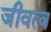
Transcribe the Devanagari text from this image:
जीवत्व